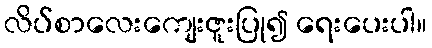
လိပ်စာလေးကျေးဇူးပြု၍ ရေးပေးပါ။